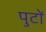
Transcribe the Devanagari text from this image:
पुटों